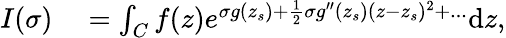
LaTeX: \begin{array}{rl}{I(\sigma)}&{{}=\int_{C}f(z)e^{\sigma g(z_{s})+\frac{1}{2}\sigma g^{\prime\prime}(z_{s})(z-z_{s})^{2}+...}\mathrm{d}z,}\end{array}